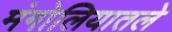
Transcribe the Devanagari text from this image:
मंगोलियातले